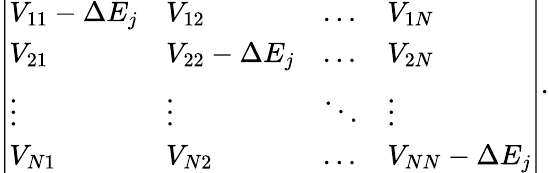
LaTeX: {\left|\begin{array}{llll}{V_{11}-\Delta E_{j}}&{V_{12}}&{\dots}&{V_{1N}}\\ {V_{21}}&{V_{22}-\Delta E_{j}}&{\dots}&{V_{2N}}\\ {\vdots}&{\vdots}&{\ddots}&{\vdots}\\ {V_{N1}}&{V_{N2}}&{\dots}&{V_{NN}-\Delta E_{j}}\end{array}\right|}.